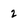
Character: 2